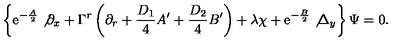
\left\{ \mathrm { e } ^ { - { \frac { A } { 2 } } } \not { \partial } _ { x } + \Gamma ^ { r } \left( \partial _ { r } + { \frac { D _ { 1 } } { 4 } } A ^ { \prime } + { \frac { D _ { 2 } } { 4 } } B ^ { \prime } \right) + \lambda \chi + \mathrm { e } ^ { - { \frac { B } { 2 } } } \not { \Delta } _ { y } \right\} \Psi = 0 .